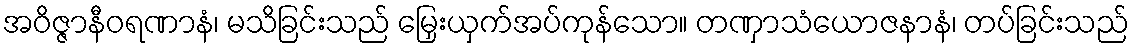
အဝိဇ္ဇာနီဝရဏာနံ၊ မသိခြင်းသည် မြှေးယှက်အပ်ကုန်သော။ တဏှာသံယောဇနာနံ၊ တပ်ခြင်းသည်